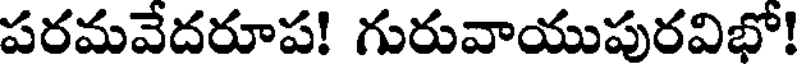
పరమవేదరూప! గురువాయుపురవిభో!